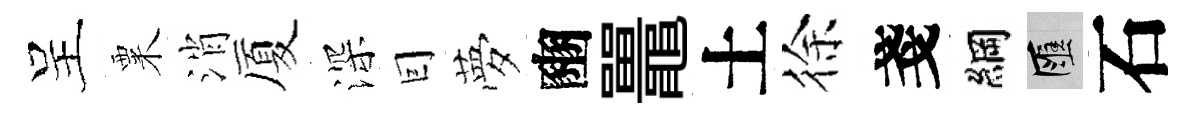
呈粟消厦深囙夢豳鼉土徐戔綱匯石